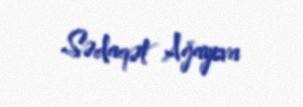
Sədaqət Ağayeva